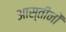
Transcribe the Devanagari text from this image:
आस्तीनों